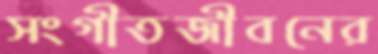
সংগীতজীবনের